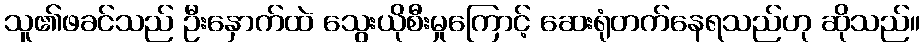
သူ၏ဖခင်သည် ဦးနှောက်ထဲ သွေးယိုစီးမှုကြောင့် ဆေးရုံတက်နေရသည်ဟု ဆိုသည်။